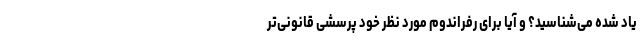
یاد شده می‌شناسید؟ و آیا برای رفراندوم مورد نظر خود پرسشی قانونی‌تر